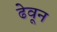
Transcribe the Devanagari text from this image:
ढेवून